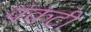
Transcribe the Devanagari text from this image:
पंकटी